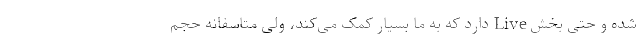
شده و حتی بخش Live دارد که به ما بسیار کمک می‌کند، ولی متاسفانه حجم